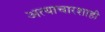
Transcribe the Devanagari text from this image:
अत्याचारशाही